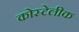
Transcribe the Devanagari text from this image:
कोस्टेलीक